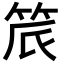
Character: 𬔾